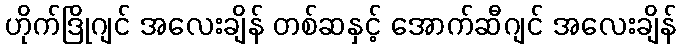
ဟိုက်ဒြိုဂျင် အလေးချိန် တစ်ဆနှင့် အောက်ဆီဂျင် အလေးချိန်